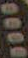
0000